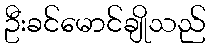
ဦးခင်မောင်ချိုသည်